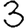
Digit: 3